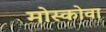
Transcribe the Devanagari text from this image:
मोस्कोवा